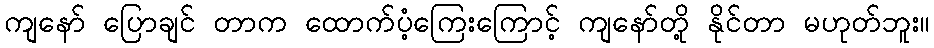
ကျနော် ပြောချင် တာက ထောက်ပံ့ကြေးကြောင့် ကျနော်တို့ နိုင်တာ မဟုတ်ဘူး။